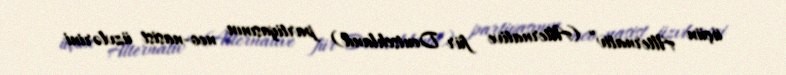
üçün Alternativ” (Alternative für Deutschland) partiyasının neo-nasist üzvlərini